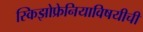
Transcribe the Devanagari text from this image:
स्किझोफ्रेनियाविषयीची